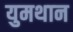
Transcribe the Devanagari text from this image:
युमथान